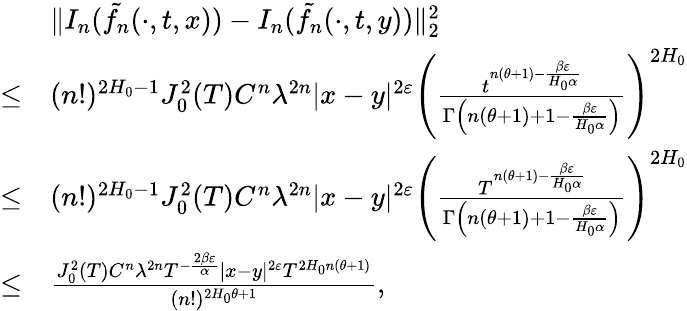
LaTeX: \begin{array}{rl}&{\Vert I_{n}(\tilde{f_{n}}(\cdot,t,x))-I_{n}(\tilde{f_{n}}(\cdot,t,y))\Vert_{2}^{2}}\\ {\leq}&{(n!)^{2H_{0}-1}J_{0}^{2}(T)C^{n}\lambda^{2n}|x-y|^{2\varepsilon}\left(\frac{t^{n(\theta+1)-\frac{\beta\varepsilon}{H_{0}\alpha}}}{\Gamma\left(n(\theta+1)+1-\frac{\beta\varepsilon}{H_{0}\alpha}\right)}\right)^{2H_{0}}}\\ {\leq}&{(n!)^{2H_{0}-1}J_{0}^{2}(T)C^{n}\lambda^{2n}|x-y|^{2\varepsilon}\left(\frac{T^{n(\theta+1)-\frac{\beta\varepsilon}{H_{0}\alpha}}}{\Gamma\left(n(\theta+1)+1-\frac{\beta\varepsilon}{H_{0}\alpha}\right)}\right)^{2H_{0}}}\\ {\leq}&{\frac{J_{0}^{2}(T)C^{n}\lambda^{2n}T^{-\frac{2\beta\varepsilon}{\alpha}}|x-y|^{2\varepsilon}T^{2H_{0}n(\theta+1)}}{(n!)^{2H_{0}\theta+1}},}\end{array}